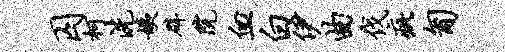
囚柯洗姨辟院血白伊曲伐疵匍